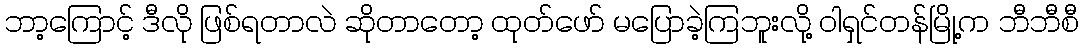
ဘာ့ကြောင့် ဒီလို ဖြစ်ရတာလဲ ဆိုတာတော့ ထုတ်ဖော် မပြောခဲ့ကြဘူးလို့ ဝါရှင်တန်မြို့က ဘီဘီစီ